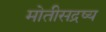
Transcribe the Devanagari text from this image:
मोतीसद्रष्य